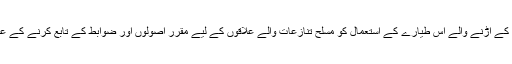
اس مشترکہ بیان میں بنیادی معاملے پر اتفاق کیا گیا ہے کہ بغیر پائلٹ کے اڑنے والے اِس طیارے کے استعمال کو مسلح تنازعات والے علاقوں کے لیے مقرر اصولوں اور ضوابط کے تابع کرنے کے علاوہ بین الاقوامی انسانی حقوق کے قوانین کی پاسداری بھی کرنا ہو گی۔